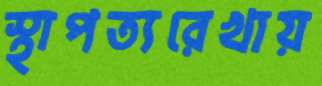
স্থাপত্যরেখায়